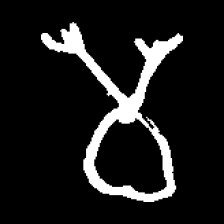
Pyu character \u2014 Myanmar letter: မ (romanized: ma)